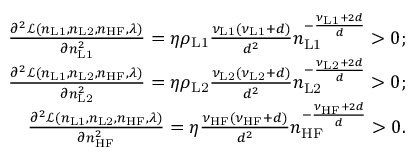
\begin{array} { r } { \frac { \partial ^ { 2 } \mathcal { L } ( n _ { \mathrm { L 1 } } , n _ { \mathrm { L 2 } } , n _ { \mathrm { H F } } , \lambda ) } { \partial n _ { \mathrm { L 1 } } ^ { 2 } } = \eta \rho _ { \mathrm { L 1 } } \frac { \nu _ { \mathrm { L 1 } } ( \nu _ { \mathrm { L 1 } } + d ) } { d ^ { 2 } } n _ { \mathrm { L 1 } } ^ { - \frac { \nu _ { \mathrm { L 1 } } + 2 d } { d } } > 0 ; } \\ { \frac { \partial ^ { 2 } \mathcal { L } ( n _ { \mathrm { L 1 } } , n _ { \mathrm { L 2 } } , n _ { \mathrm { H F } } , \lambda ) } { \partial n _ { \mathrm { L 2 } } ^ { 2 } } = \eta \rho _ { \mathrm { L 2 } } \frac { \nu _ { \mathrm { L 2 } } ( \nu _ { \mathrm { L 2 } } + d ) } { d ^ { 2 } } n _ { \mathrm { L 2 } } ^ { - \frac { \nu _ { \mathrm { L 2 } } + 2 d } { d } } > 0 ; } \\ { \frac { \partial ^ { 2 } \mathcal { L } ( n _ { \mathrm { L 1 } } , n _ { \mathrm { L 2 } } , n _ { \mathrm { H F } } , \lambda ) } { \partial n _ { \mathrm { H F } } ^ { 2 } } = \eta \frac { \nu _ { \mathrm { H F } } ( \nu _ { \mathrm { H F } } + d ) } { d ^ { 2 } } n _ { \mathrm { H F } } ^ { - \frac { \nu _ { \mathrm { H F } } + 2 d } { d } } > 0 . } \end{array}